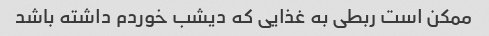
ممکن است ربطی به غذایی که دیشب خوردم داشته باشد